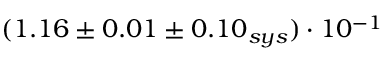
( 1 . 1 6 \pm 0 . 0 1 \pm 0 . 1 0 _ { s y s } ) \cdot 1 0 ^ { - 1 }